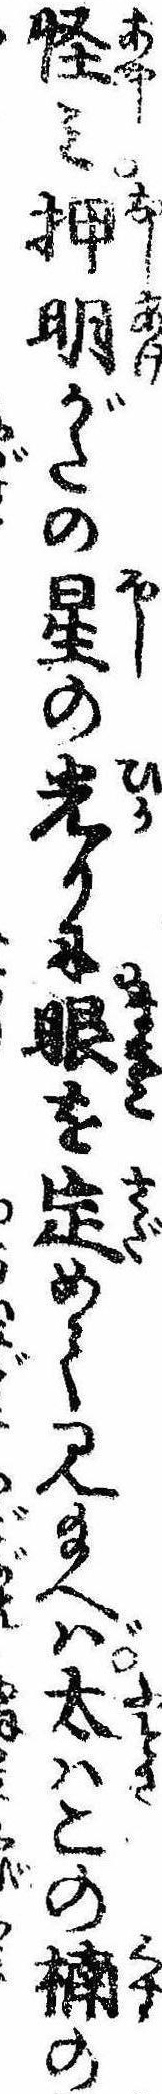
怪み押明がたの星の光りに眼を定めて見給へば太はこの楠の